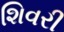
શિવરી